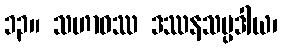
၁၃။ သဟာဝဿ ဒဿနသမ္ပဒါယ၊